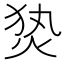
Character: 𰞕